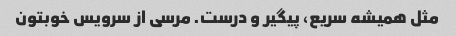
مثل همیشه سریع، پیگیر و درست. مرسی از سرویس خوبتون